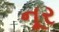
નૂર